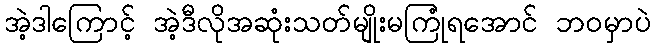
အဲ့ဒါကြောင့် အဲ့ဒီလိုအဆုံးသတ်မျိုးမကြုံရအောင် ဘဝမှာပဲ